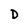
Character: D